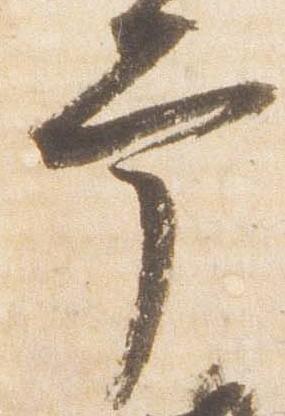
幸